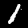
Digit: 1